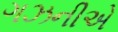
ગઝનીએ